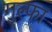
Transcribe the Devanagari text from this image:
गुल्फा